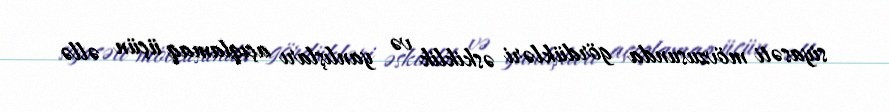
siyasəti mövzusunda gördükləri əskiklik və yanlışları açıqlamaq üçün əllə